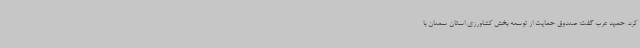
کرد. حمید عرب گفت: صندوق حمایت از توسعه بخش کشاورزی استان سمنان با